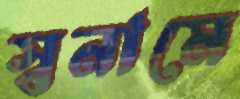
স্বনামে